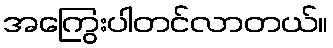
အကြွေးပါတင်လာတယ်။